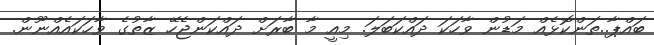
ބައްޕާ..ތަންކޮޅެއް މަޑުން ވާހަކަ ދައްކަބަލަ. މިއީ މާ ބާރަށް ދައްކަންޖެހޭ ޒާތުގެ ވާހަކައެއްނޫން.